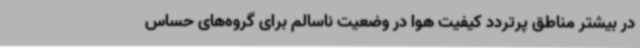
در بیشتر مناطق پرتردد کیفیت هوا در وضعیت ناسالم برای گروه‌های حساس